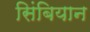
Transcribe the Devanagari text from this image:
सिंबियान